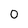
Character: 0